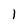
Character: 1